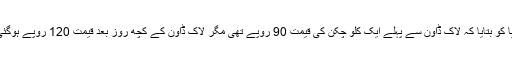
اسلام آباد کے ایک دکاندار نے نیا دور میڈیا کو بتایا کہ لاک ڈاوٗن سے پہلے ایک کلو چکن کی قیمت 90 روپے تھی مگر لاک ڈاوٗن کے کچھ روز بعد قیمت 120 روپے ہوگئی اور کچھ دن بعد قیمت 130 پر پہنچ گئی۔